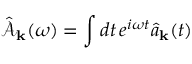
\hat { \mathcal { A } } _ { \bf k } ( \omega ) = \int d t \, e ^ { i \omega t } \hat { a } _ { \bf k } ( t )